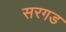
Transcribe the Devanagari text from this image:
सरगड